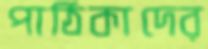
পাঠিকাদের